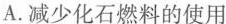
A.减少化石燃料的使用